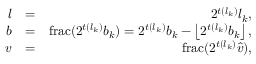
\begin{array} { r l r } { l } & { = } & { 2 ^ { t ( l _ { k } ) } l _ { k } , } \\ { b } & { = } & { \mathrm { f r a c } ( 2 ^ { t ( l _ { k } ) } b _ { k } ) = 2 ^ { t ( l _ { k } ) } b _ { k } - \left\lfloor 2 ^ { t ( l _ { k } ) } b _ { k } \right\rfloor , } \\ { v } & { = } & { \mathrm { f r a c } ( 2 ^ { t ( l _ { k } ) } \hat { v } ) , } \end{array}